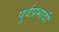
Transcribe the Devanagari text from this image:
पूर्वप्रभावी